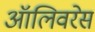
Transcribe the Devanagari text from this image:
ऑलिवरेस